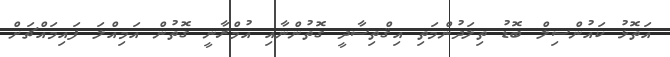
އަތޮޅު ކައުންސިލް ބޮޑު ތިލަދުންމަތި އިޤްތިސާދީ ގޮތުންނާއި އުމްރާނީ ގޮތުން އަމިއްލަ ފައިމައްޗަށް